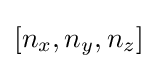
[n_{x},n_{y},n_{z}]